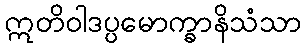
ဣတိဝါဒပ္ပမောက္ခာနိသံသာ